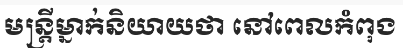
មន្ត្រីម្នាក់និយាយថា នៅពេលកំពុង